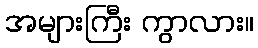
အများကြီး ကွာလား။